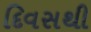
દિવસથી